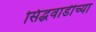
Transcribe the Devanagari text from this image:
सिद्धवाडीच्या